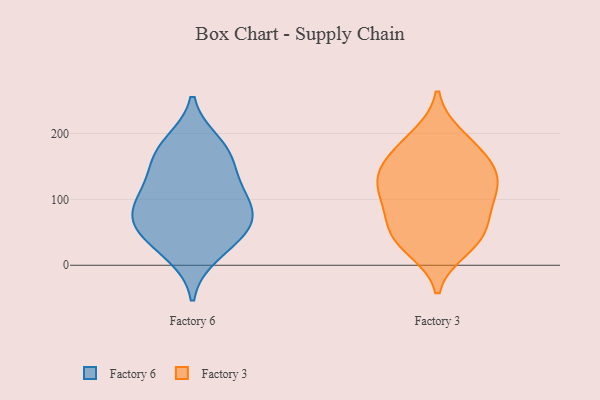
{"axis": {"x": "Energy Usage (MWh)", "y": "Value"}, "legend": ["Factory 3", "Factory 6"], "data": [{"x": "", "y": 171, "type": "Factory 6"}, {"x": "", "y": 165, "type": "Factory 6"}, {"x": "", "y": 38, "type": "Factory 6"}, {"x": "", "y": 56, "type": "Factory 6"}, {"x": "", "y": 17, "type": "Factory 6"}, {"x": "", "y": 74, "type": "Factory 6"}, {"x": "", "y": 114, "type": "Factory 6"}, {"x": "", "y": 131, "type": "Factory 6"}, {"x": "", "y": 82, "type": "Factory 6"}, {"x": "", "y": 62, "type": "Factory 6"}, {"x": "", "y": 185, "type": "Factory 6"}, {"x": "", "y": 98, "type": "Factory 6"}, {"x": "", "y": 124, "type": "Factory 3"}, {"x": "", "y": 118, "type": "Factory 3"}, {"x": "", "y": 154, "type": "Factory 3"}, {"x": "", "y": 163, "type": "Factory 3"}, {"x": "", "y": 132, "type": "Factory 3"}, {"x": "", "y": 52, "type": "Factory 3"}, {"x": "", "y": 25, "type": "Factory 3"}, {"x": "", "y": 70, "type": "Factory 3"}, {"x": "", "y": 185, "type": "Factory 3"}, {"x": "", "y": 35, "type": "Factory 3"}, {"x": "", "y": 92, "type": "Factory 3"}, {"x": "", "y": 196, "type": "Factory 3"}, {"x": "", "y": 139, "type": "Factory 3"}, {"x": "", "y": 44, "type": "Factory 3"}, {"x": "", "y": 96, "type": "Factory 3"}]}